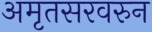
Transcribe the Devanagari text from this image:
अमृतसरवरुन